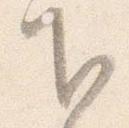
下